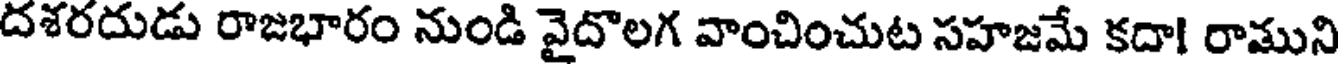
దశరదుడు రాజభారం నుండి వైదొలగ వాంచించుట సహజమే కదా! రాముని